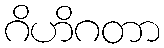
ဂိဟိဂတာ